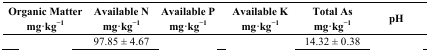
<table><thead><tr><td><b>Organic Matter mg·kg<sup>−1</sup></b></td><td><b>Available N mg·kg<sup>−1</sup></b></td><td><b>Available P mg·kg<sup>−1</sup></b></td><td><b>Available K mg·kg<sup>−1</sup></b></td><td><b>Total As mg·kg<sup>−1</sup></b></td><td><b>pH</b></td></tr></thead><tbody><tr><td>[EMPTY_CELL]</td><td>97.85 ± 4.67</td><td>[EMPTY_CELL]</td><td>[EMPTY_CELL]</td><td>14.32 ± 0.38</td><td>[EMPTY_CELL]</td></tr></tbody></table>